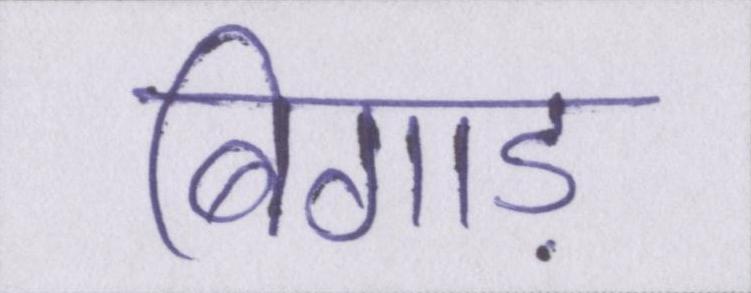
बिगाड़